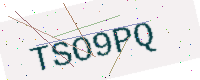
Text: TSO9PQ